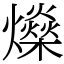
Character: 𤒇